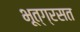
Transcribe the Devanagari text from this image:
भूत्ग्रसत